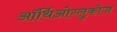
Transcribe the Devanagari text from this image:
ऑर्थिओग्लुकोज